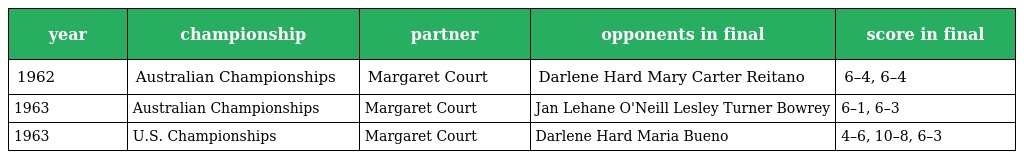
| year | championship | partner | opponents in final | score in final |
 | --- | --- | --- | --- | --- |
 | 1962 | Australian Championships | Margaret Court | Darlene Hard Mary Carter Reitano | 6–4, 6–4 |
 | 1963 | Australian Championships | Margaret Court | Jan Lehane O'Neill Lesley Turner Bowrey | 6–1, 6–3 |
 | 1963 | U.S. Championships | Margaret Court | Darlene Hard Maria Bueno | 4–6, 10–8, 6–3 |